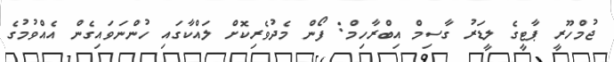
ޖުމްހޫރީ ޕާޓީގެ ލީޑަރު ގާސިމް އިބްރާހިމް: ފޯން މެދުވެރިކޮށް ލައްކާގައި ހުންނަވައިގެން އެއްވުމުގެ